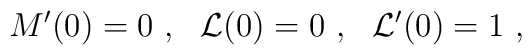
M'(0) = 0~,~~{\cal L}(0) = 0~,~~ {\cal L}'(0) = 1~,